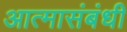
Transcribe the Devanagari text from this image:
आत्मासंबंधी